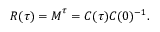
\boldsymbol { R } ( \tau ) = \boldsymbol { M } ^ { \tau } = \boldsymbol { C } ( \tau ) \boldsymbol { C } ( 0 ) ^ { - 1 } .